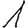
Digit: 1